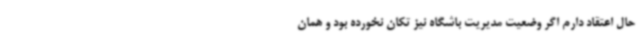
حال اعتقاد دارم اگر وضعیت مدیریت باشگاه نیز تکان نخورده بود و همان